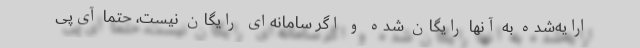
ارایه‌شده به آنها رایگان شده و اگر سامانه‌ای رایگان نیست، حتما آی‌پی